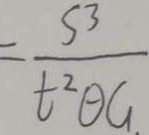
= \frac { S 3 } { t ^ { 2 } \theta G }